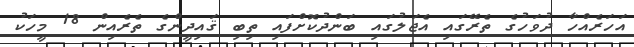
އަހަރެއްހާ ދުވަހުގެ ތެރޭގައި އެޖަލުގައި ބަންދުކޮށްފައި ތިބި ޤައިދީންގެ ތެރެއިން 18 މީހަކު